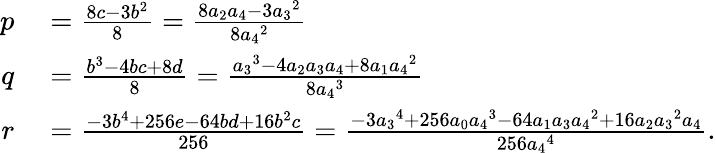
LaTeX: \begin{array}{rl}{p}&{{}={\frac{8c-3b^{2}}{8}}={\frac{8a_{2}a_{4}-3{a_{3}}^{2}}{8{a_{4}}^{2}}}}\\ {q}&{{}={\frac{b^{3}-4bc+8d}{8}}={\frac{{a_{3}}^{3}-4a_{2}a_{3}a_{4}+8a_{1}{a_{4}}^{2}}{8{a_{4}}^{3}}}}\\ {r}&{{}={\frac{-3b^{4}+256e-64bd+16b^{2}c}{256}}={\frac{-3{a_{3}}^{4}+256a_{0}{a_{4}}^{3}-64a_{1}a_{3}{a_{4}}^{2}+16a_{2}{a_{3}}^{2}a_{4}}{256{a_{4}}^{4}}}.}\end{array}